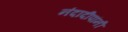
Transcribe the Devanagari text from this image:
नंदादीपांनी